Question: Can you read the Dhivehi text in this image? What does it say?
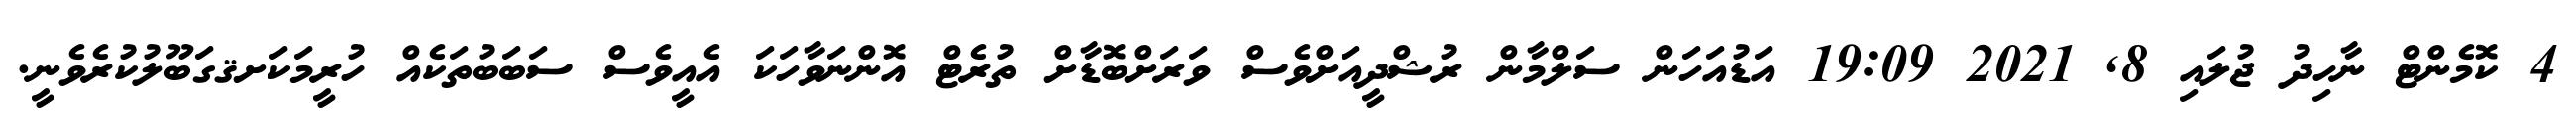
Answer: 4 ކޮމެންޓް ނާހިދު ޖުލައި 8, 2021 19:09 އަޑުއަހަން ސަލްމާން ރުޝްދީއަށްވެސް ވަރަށްބޮޑާށް ތުރެޓް އޮންނަވާހަކަ އެއީވެސް ސަބަބުތަކެއް ހުރީމަކަށޤގަބޫލުކުރެވެނީ.